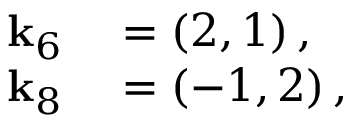
\begin{array} { r l } { \mathbf { k } _ { 6 } } & { { } = \left( 2 , 1 \right) , } \\ { \mathbf { k } _ { 8 } } & { { } = \left( - 1 , 2 \right) , } \end{array}